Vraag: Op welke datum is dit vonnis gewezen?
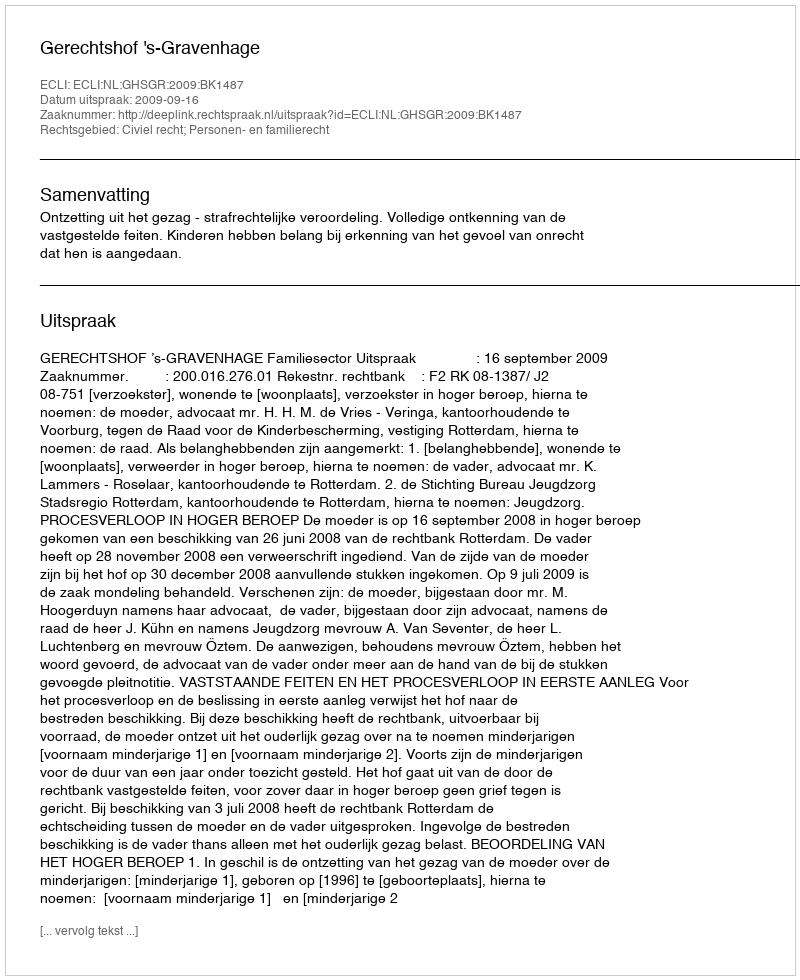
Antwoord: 2009-09-16